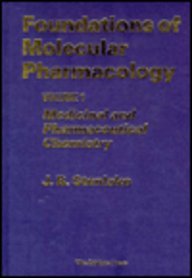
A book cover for Foundations of Molecular Pharmacology; J. B. Stenlake; Medical Books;